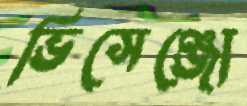
ভিসেঞ্জো